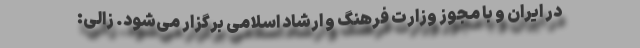
در ایران و با مجوز وزارت فرهنگ و ارشاد اسلامی برگزار می‌شود. زالی: